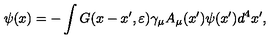
\psi ( x ) = - \int G ( x - x ^ { \prime } , \varepsilon ) \gamma _ { \mu } A _ { \mu } ( x ^ { \prime } ) \psi ( x ^ { \prime } ) d ^ { 4 } x ^ { \prime } ,